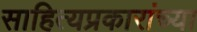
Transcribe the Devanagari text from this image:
साहित्यप्रकारांच्या